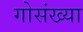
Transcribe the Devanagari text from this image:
गोसंख्या